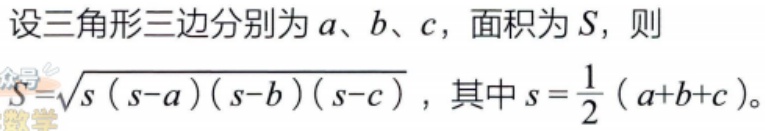
设三角形三边分别为\(a\)、\(b\)、\(c\)，面积为\(S\)，则

\(S = \sqrt{s(s - a)(s - b)(s - c)}\)，其中\(s=\frac{1}{2}(a + b + c)\)。